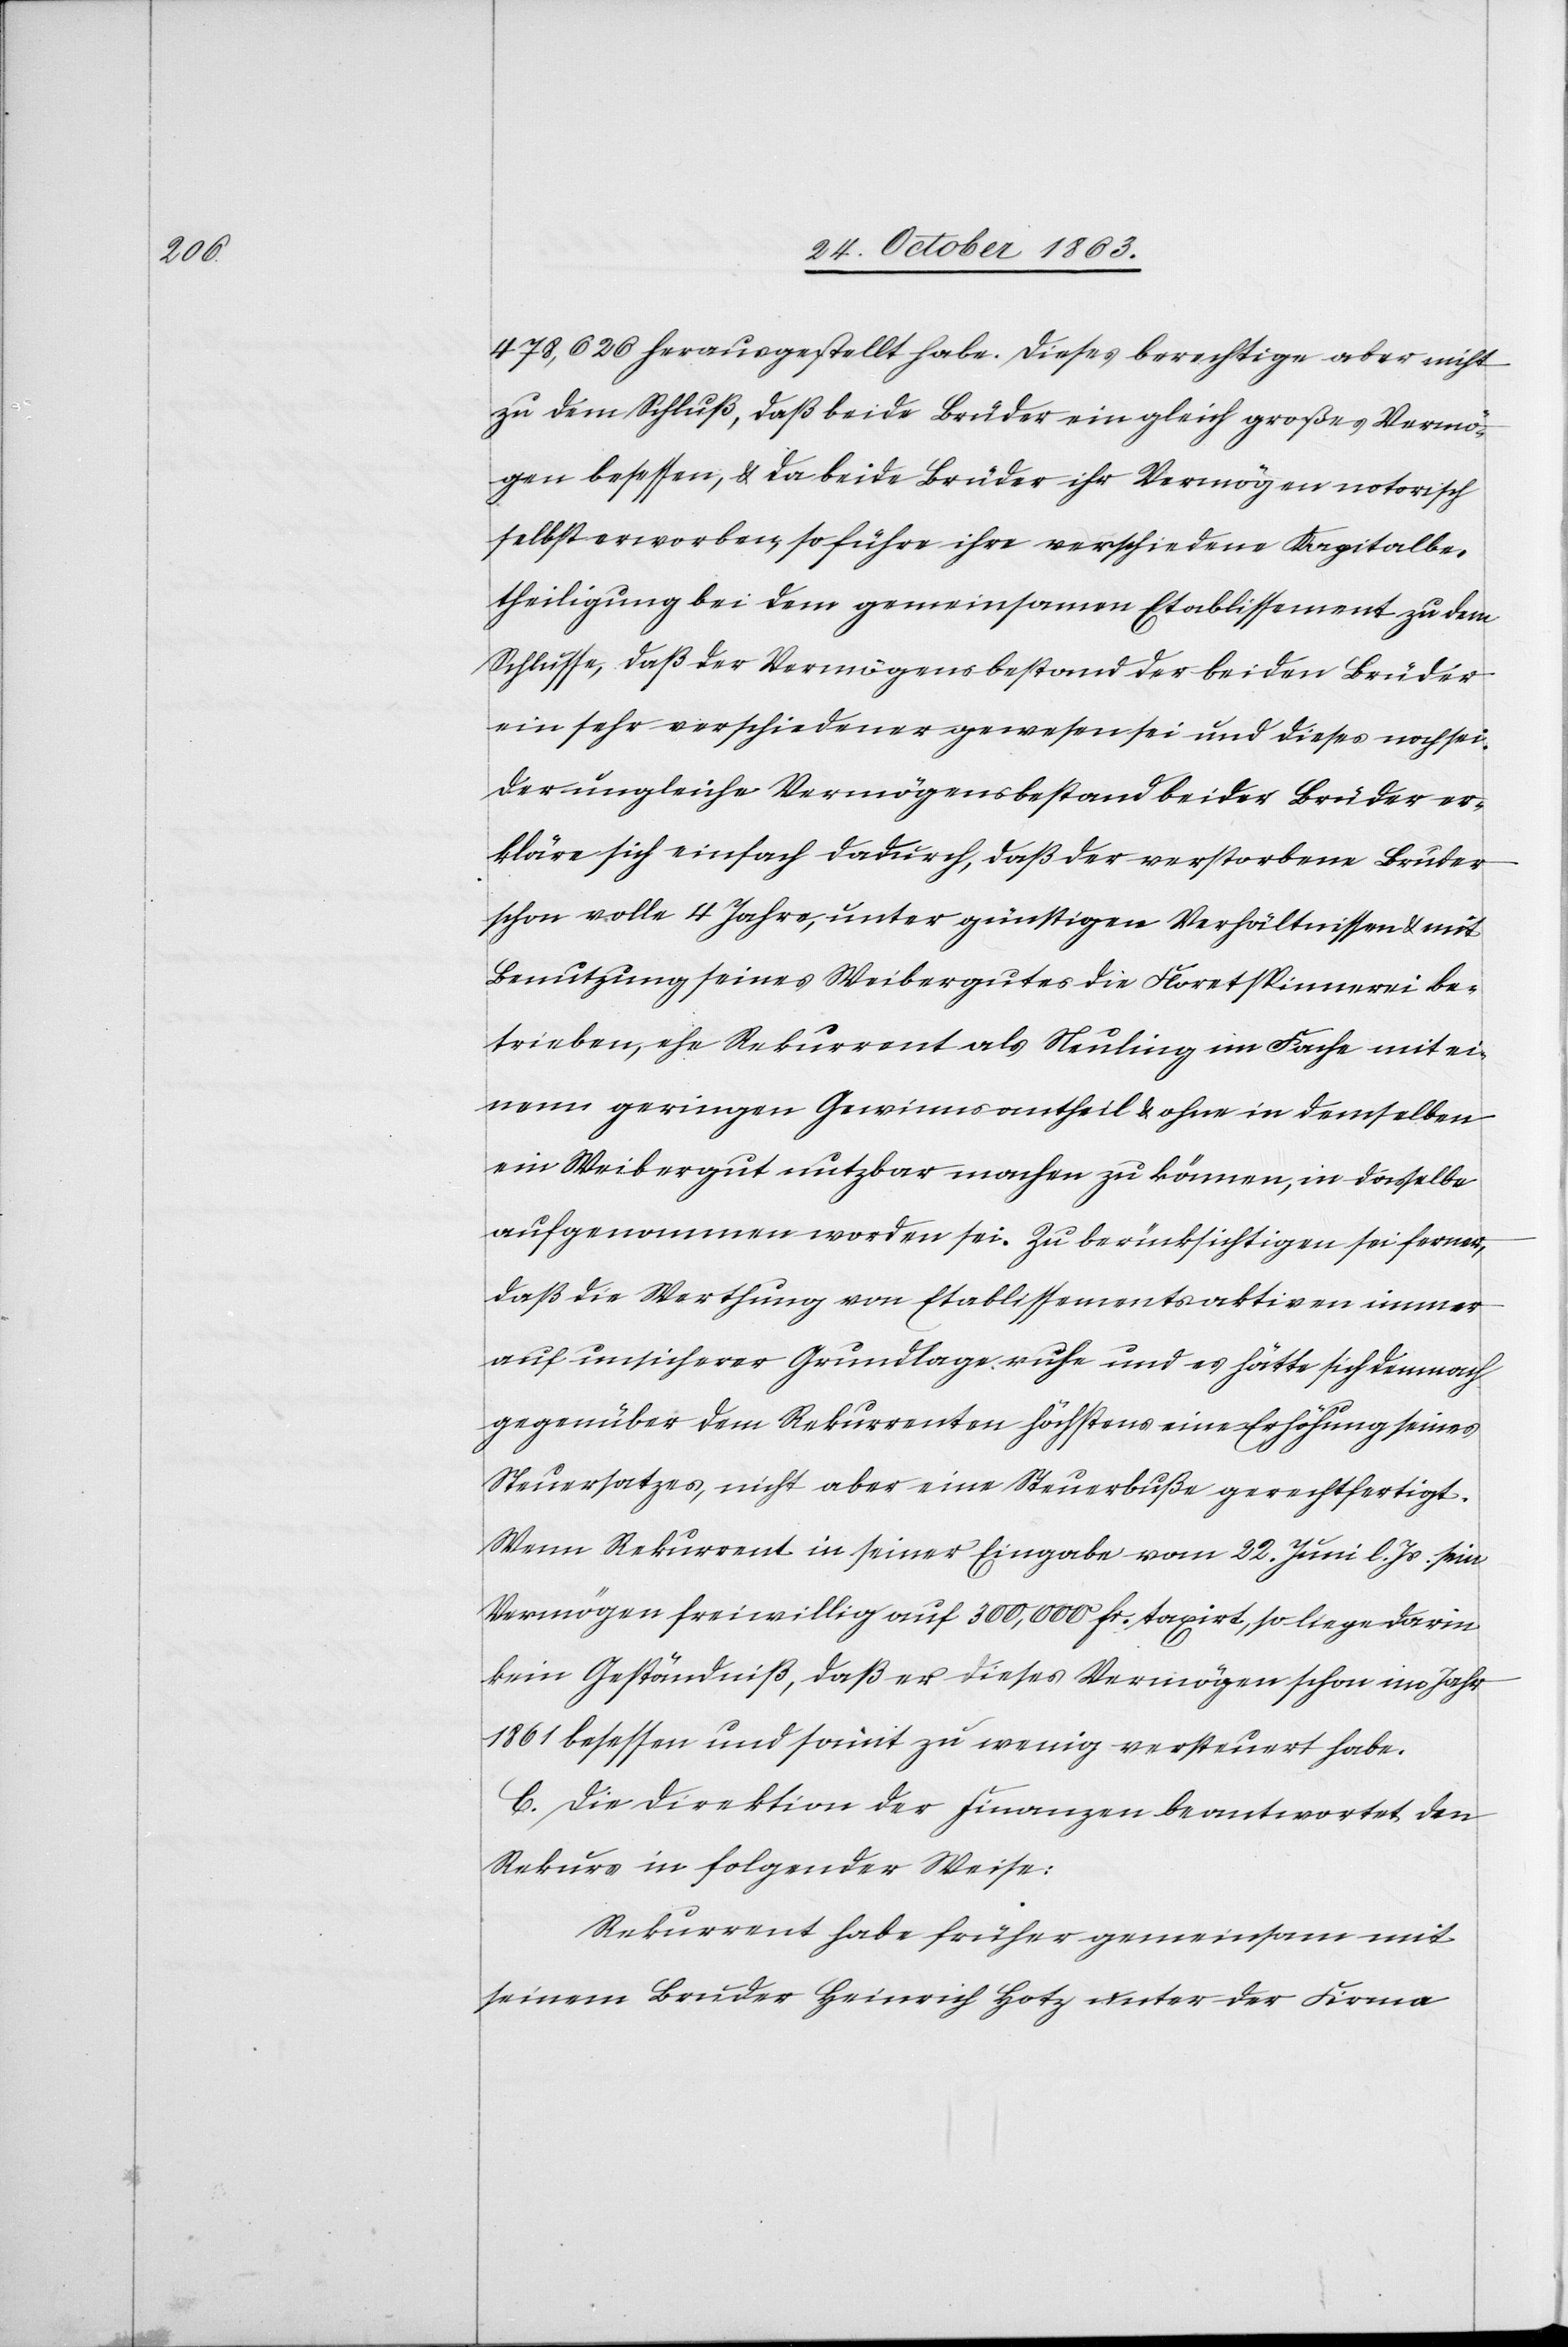
478,626 herausgestellt habe. Dieses berechtige aber nicht
zu dem Schluß, daß beide Brüder ein gleich großes Vermö¬
gen besessen, & da beide Brüder ihr Vermögen notorisch
selbst erworben, so führe ihre verschiedene Kapitalbe¬
theiligung bei dem gemeinsamen Etablissement zu dem
Schlusse, daß der Vermögensbestand der beiden Brüder
ein sehr verschiedener gewesen sei und dieses noch sei.
Der ungleiche Vermögensbestand beider Brüder er¬
kläre sich einfach dadurch, daß der verstorbene Bruder
schon volle 4 Jahre, unter günstigen Verhältnissen & mit
Benutzung seines Weibergutes die Floretspinnerei be¬
trieben, ehe Rekurrent als Neuling im Fache mit ei¬
nem geringen Gewinnsantheil & ohne in demselben
ein Weibergut nutzbar machen zu können, in dasselbe
aufgenommen worden sei. Zu berücksichtigen sei ferner,
daß die Werthung von Etablissementsaktiven immer
auf unsicherer Grundlage ruhe und es hätte sich demnach
gegenüber dem Rekurrenten höchstens eine Erhöhung seines
Neuersatzes, nicht aber eine Steuerbuße gerechtfertigt.
Wenn Rekurrent in seiner Eingabe vom 22. Juni l. Js. sein
Vermögen freiwillig auf 300,000 fr. taxirt, so liege darin
kein Geständniß, daß er dieses Vermögen schon im Jahr
1861 besessen und somit zu wenig versteuer habe.
C. Die Direktion der Finanzen beantwortet den
Rekurs in folgender Weise:
Rekurrent habe früher gemeinsam mit
seinem Bruder Heinrich Hotz unter der Firma